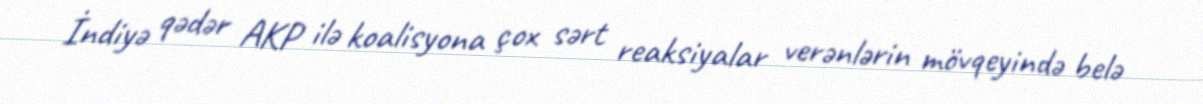
İndiyə qədər AKP ilə koalisyona çox sərt reaksiyalar verənlərin mövqeyində belə